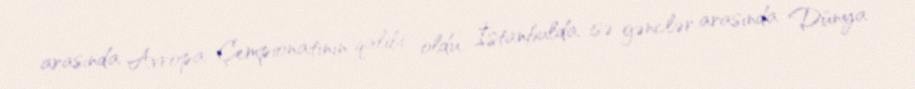
arasında Avropa Çempionatının qalibi oldu, İstanbulda isə gənclər arasında Dünya